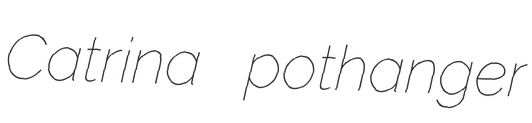
Catrina pothanger